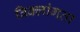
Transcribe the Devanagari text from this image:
विक्लांगता